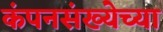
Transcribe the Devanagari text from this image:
कंपनसंख्येच्या